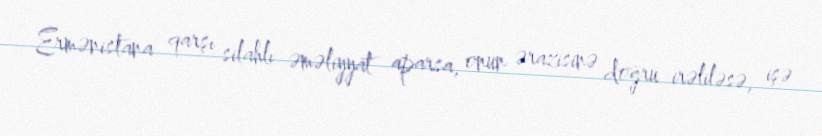
Ermənistana qarşı silahlı əməliyyat aparsa, onun ərazisinə doğru irəliləsə, işə